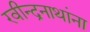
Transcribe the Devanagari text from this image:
रवीन्द्रनाथांना